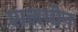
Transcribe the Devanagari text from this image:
शलमोन